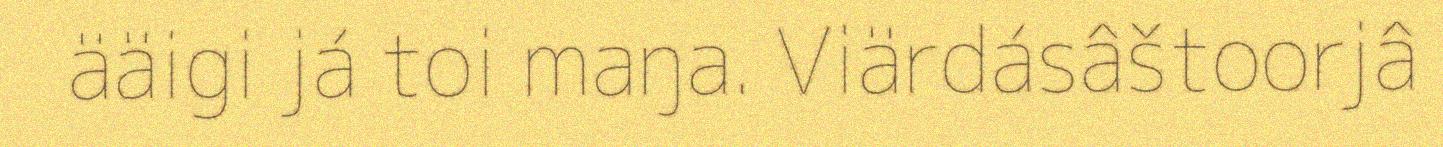
ääigi já toi maŋa. Viärdásâštoorjâ